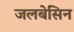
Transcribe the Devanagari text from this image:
जलबेसिन